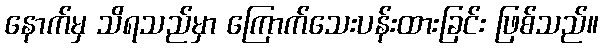
နောက်မှ သိရသည်မှာ ကြောက်သေးပန်းထားခြင်း ဖြစ်သည်။